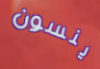
ينسون